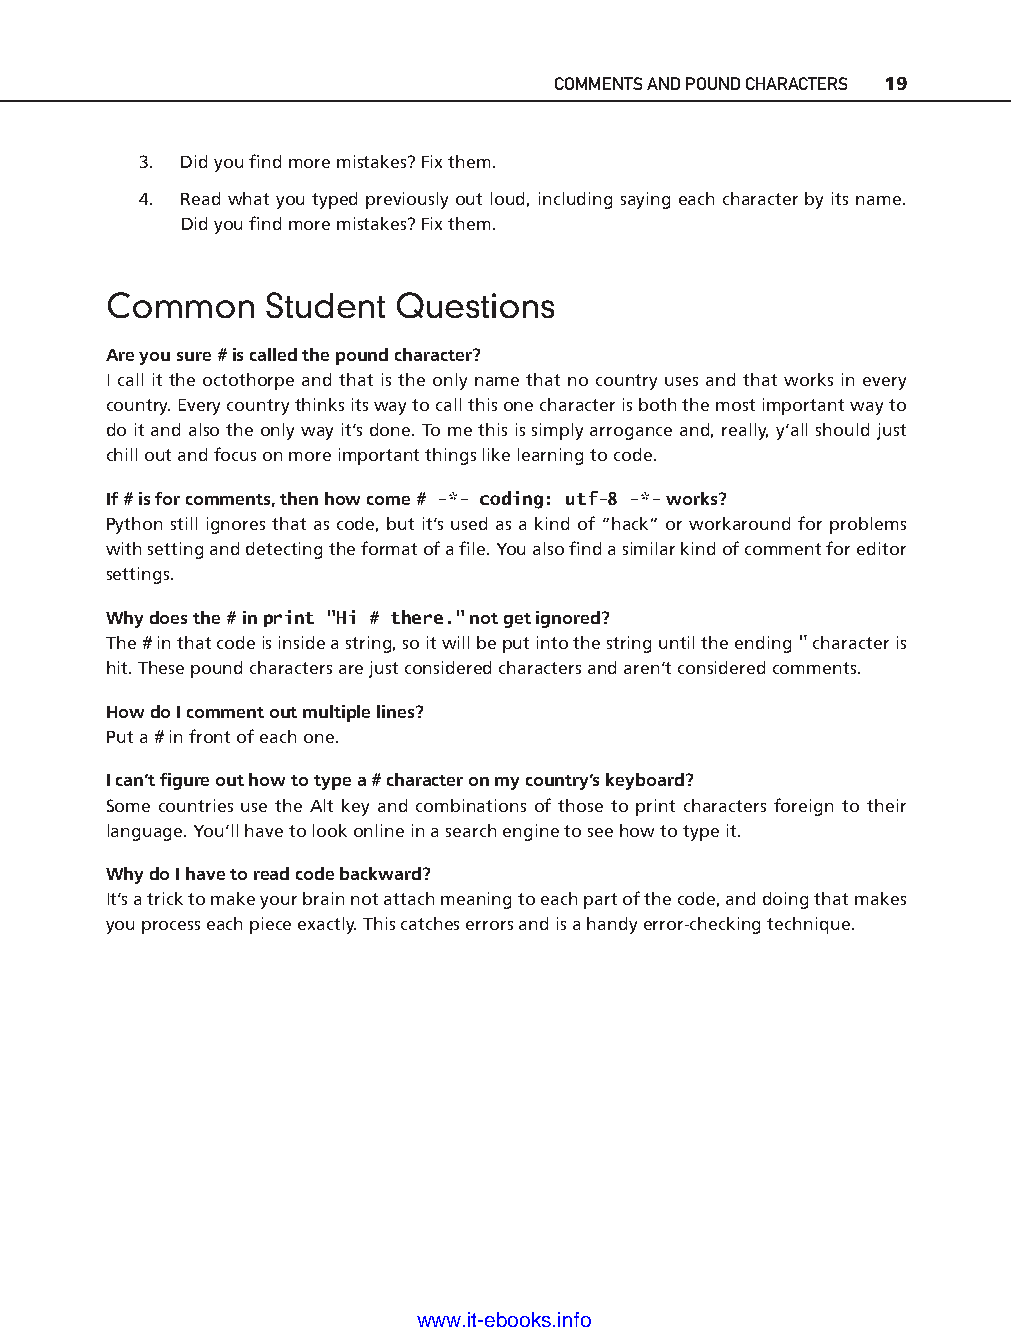
COMMENTS AND POUND CHARACTERS 19
 3. Did you fi nd more mistakes? Fix them.
 4. Read what you typed previously out loud, including saying each character by its name.
 Did you fi nd more mistakes? Fix them.
 Common     Student  Questions
 Are you sure # is called the pound character?
 I call it the octothorpe and that is the only name that no country uses and that works in every
 country. Every country thinks its way to call this one character is both the most important way to
 do it and also the only way it’s done. To me this is simply arrogance and, really, y’all should just
 chill out and focus on more important things like learning to code.
 If # is for comments, then how come # -* - coding: utf-8 -* - works?
 Python still ignores that as code, but it’s used as a kind of “hack” or workaround for problems
 with setting and detecting the format of a fi le. You also fi nd a similar kind of comment for editor
 settings.
 Why does the # in print "Hi # there." not get ignored?
 The # in that code is inside a string, so it will be put into the string until the ending " character is
 hit. These pound characters are just considered characters and aren’t considered comments.
 ptg11539604
 How do I comment out multiple lines?
 Put a # in front of each one.
 I can’t fi gure out how to type a # character on my country’s keyboard?
 Some countries use the Alt key and combinations of those to print characters foreign to their
 language. You’ll have to look online in a search engine to see how to type it.
 Why do I have to read code backward?
 It’s a trick to make your brain not attach meaning to each part of the code, and doing that makes
 you process each piece exactly. This catches errors and is a handy error- checking technique.
 www.it-ebooks.info